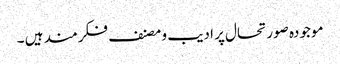
موجودہ صورتحال پر ادیب و مصنف فکرمند ہیں ۔